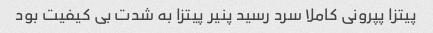
پیتزا پپرونی کاملا سرد رسید پنیر پیتزا به شدت بی کیفیت بود